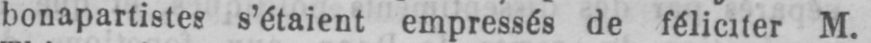
bonapartistes s’étaient empressés de féliciter M.